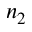
n _ { 2 }